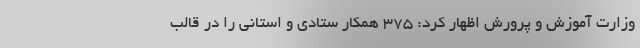
وزارت آموزش و پرورش اظهار کرد: ۳۷۵ همکار ستادی و استانی را در قالب